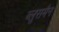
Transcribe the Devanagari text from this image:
ब्लूसमैन